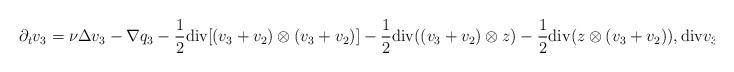
LaTeX: \begin{align*}\partial_t v_3=\nu\Delta v_3-\nabla q_3-\frac{1}{2}\textrm{div} [(v_3+v_2)\otimes (v_3+v_2)]-\frac{1}{2}\textrm{div}((v_3+v_2)\otimes z)-\frac{1}{2}\textrm{div}(z\otimes (v_3+v_2)), \textrm{div} v_3=0.\end{align*}